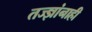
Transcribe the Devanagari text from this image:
तज्‍ज्ञांनाही